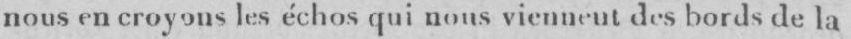
nous en croyons les échos qui nous viennent des bords de la